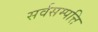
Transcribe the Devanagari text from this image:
सर्वसम्पत्ति